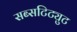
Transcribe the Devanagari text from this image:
सब्सटिट्युट